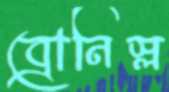
ব্রোনিস্ল